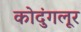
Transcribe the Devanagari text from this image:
कोदुंगलूर